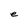
Character: e